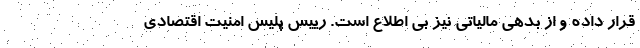
قرار داده و از بدهی مالیاتی نیز بی اطلاع است. رییس پلیس امنیت اقتصادی